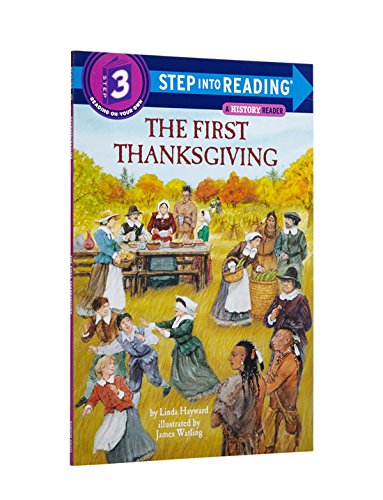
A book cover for The First Thanksgiving (Step-Into-Reading, Step 3); Children's Books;